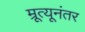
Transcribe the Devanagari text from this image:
म्रूत्यूनंतर